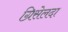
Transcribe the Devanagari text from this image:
ग्रिसेलदा